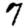
Digit: 7